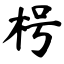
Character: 枵